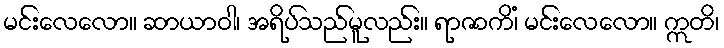
မင်းလေလော။ ဆာယာဝါ၊ အရိပ်သည်မူလည်း။ ရာဇာကိံ၊ မင်းလေလော။ ဣတိ၊